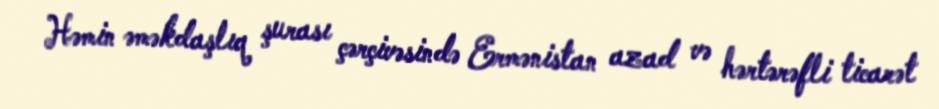
Həmin əməkdaşlıq şurası çərçivəsində Ermənistan azad və hərtərəfli ticarət